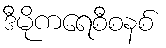
ဒီမိုကရေစီစနစ်